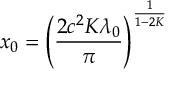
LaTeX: x _ { 0 } = \left( \frac { 2 c ^ { 2 } K \lambda _ { 0 } } { \pi } \right) ^ { \frac { 1 } { 1 - 2 K } }